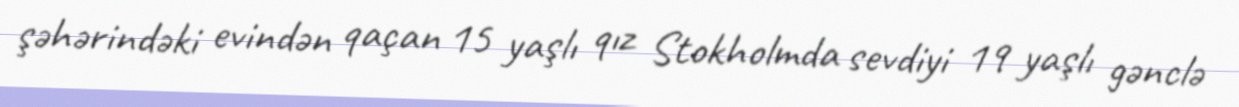
şəhərindəki evindən qaçan 15 yaşlı qız Stokholmda sevdiyi 19 yaşlı gənclə